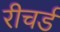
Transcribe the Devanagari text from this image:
रीचर्ड